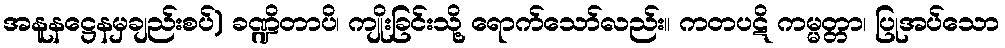
အနူနဋ္ဌေနမှချည်းစပ်) ခဏ္ဍိတာပိ၊ ကျိုးခြင်းသို့ ရောက်သော်လည်း။ ကတပဋိ ကမ္မတ္တာ၊ ပြုအပ်သော